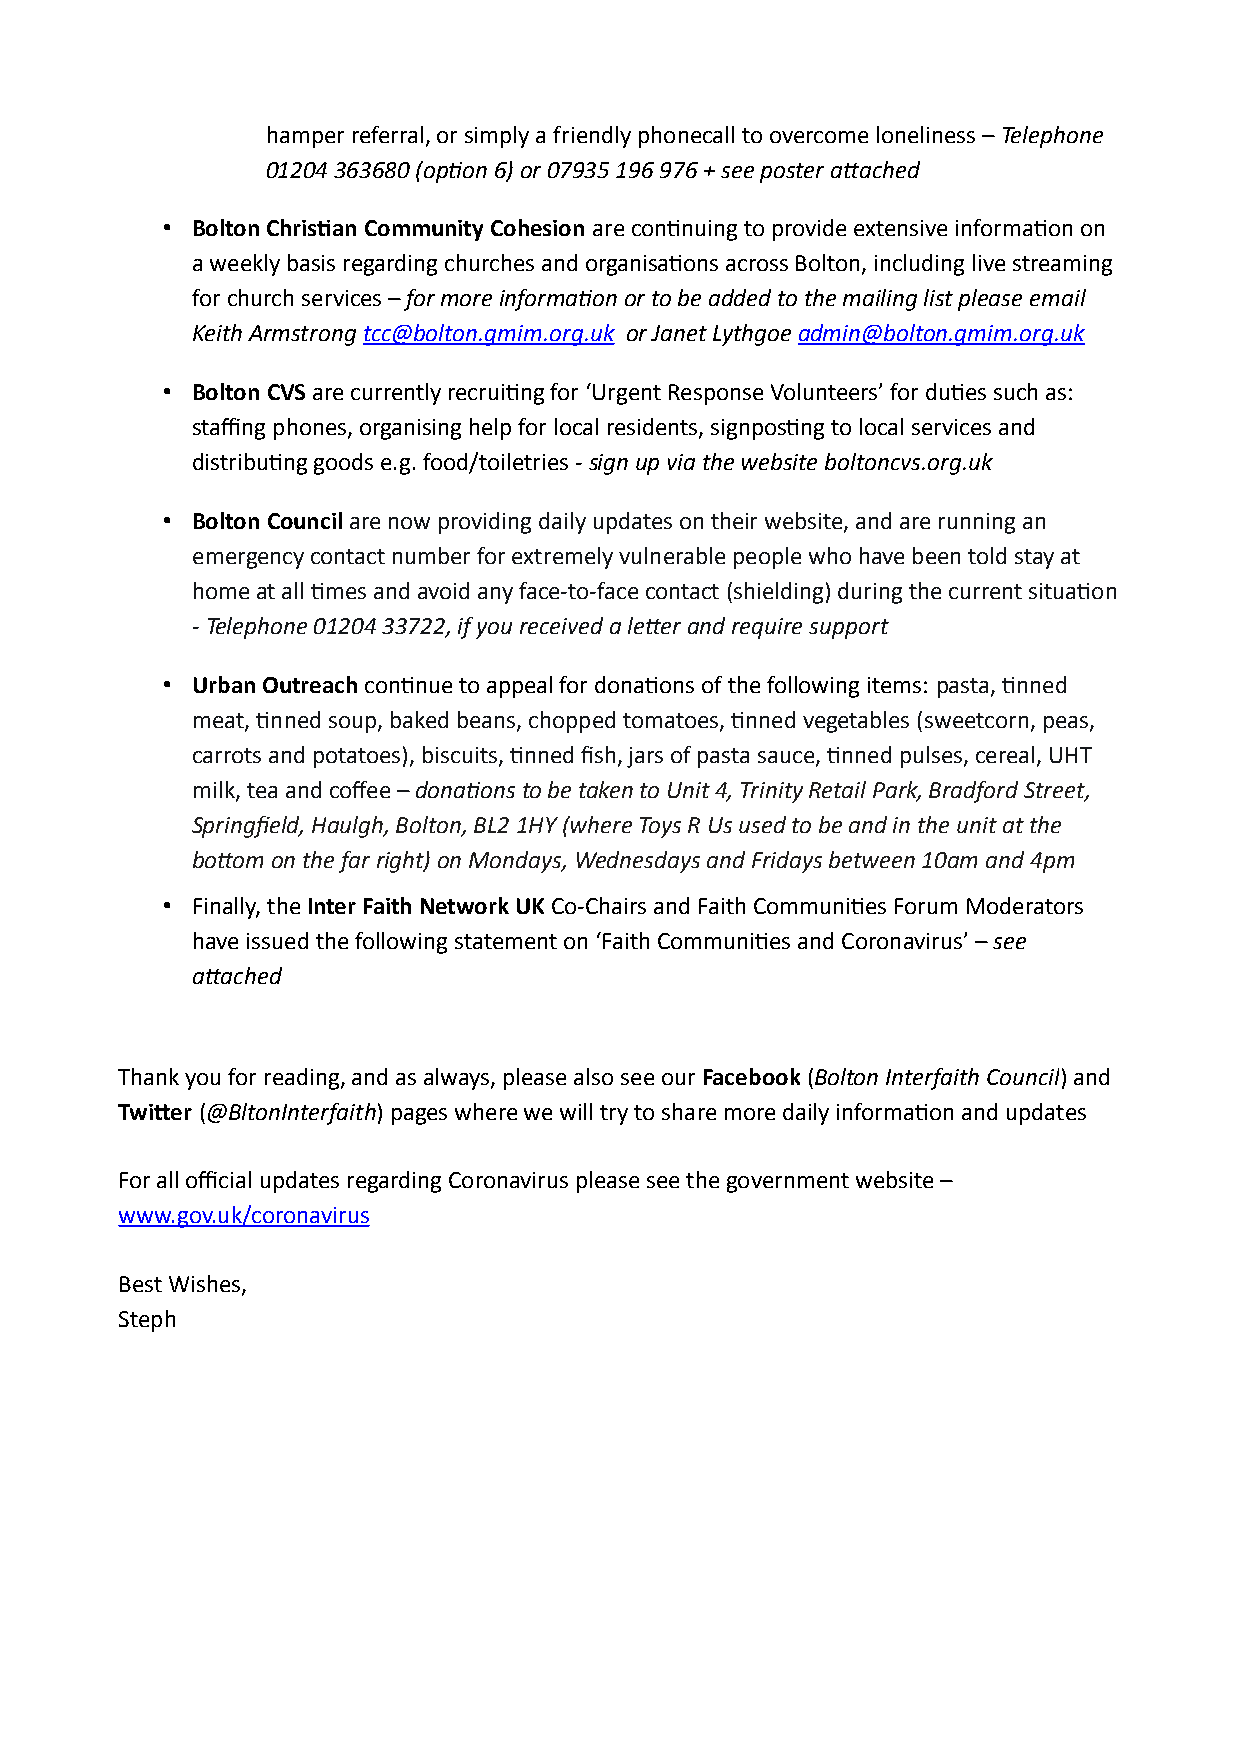
hamper referral, or simply a friendly phonecall to overcome loneliness – Telephone
 01204 363680 (option 6) or 07935 196 976 + see poster attached
 • Bolton Christian Community Cohesion are continuing to provide extensive information on
 a weekly basis regarding churches and organisations across Bolton, including live streaming
 for church services – for more information or to be added to the mailing list please email
 Keith Armstrong tcc@bolton.gmim.org.uk or Janet Lythgoe admin@bolton.gmim.org.uk
 • Bolton CVS are currently recruiting for ‘Urgent Response Volunteers’ for duties such as:
 staffing phones, organising help for local residents, signposting to local services and
 distributing goods e.g. food/toiletries - sign up via the website boltoncvs.org.uk
 • Bolton Council are now providing daily updates on their website, and are running an
 emergency contact number for extremely vulnerable people who have been told stay at
 home at all times and avoid any face-to-face contact (shielding) during the current situation
 - Telephone 01204 33722, if you received a letter and require support
 • Urban Outreach continue to appeal for donations of the following items: pasta, tinned
 meat, tinned soup, baked beans, chopped tomatoes, tinned vegetables (sweetcorn, peas,
 carrots and potatoes), biscuits, tinned fish, jars of pasta sauce, tinned pulses, cereal, UHT
 milk, tea and coffee – donations to be taken to Unit 4, Trinity Retail Park, Bradford Street,
 Springfield, Haulgh, Bolton, BL2 1HY (where Toys R Us used to be and in the unit at the
 bottom on the far right) on Mondays, Wednesdays and Fridays between 10am and 4pm
 • Finally, the Inter Faith Network UK Co-Chairs and Faith Communities Forum Moderators
 have issued the following statement on ‘Faith Communities and Coronavirus’ – see
 attached
 Thank you for reading, and as always, please also see our Facebook (Bolton Interfaith Council) and
 Twitter (@BltonInterfaith) pages where we will try to share more daily information and updates
 For all official updates regarding Coronavirus please see the government website –
 www.gov.uk/coronavirus
 Best Wishes,
 Steph